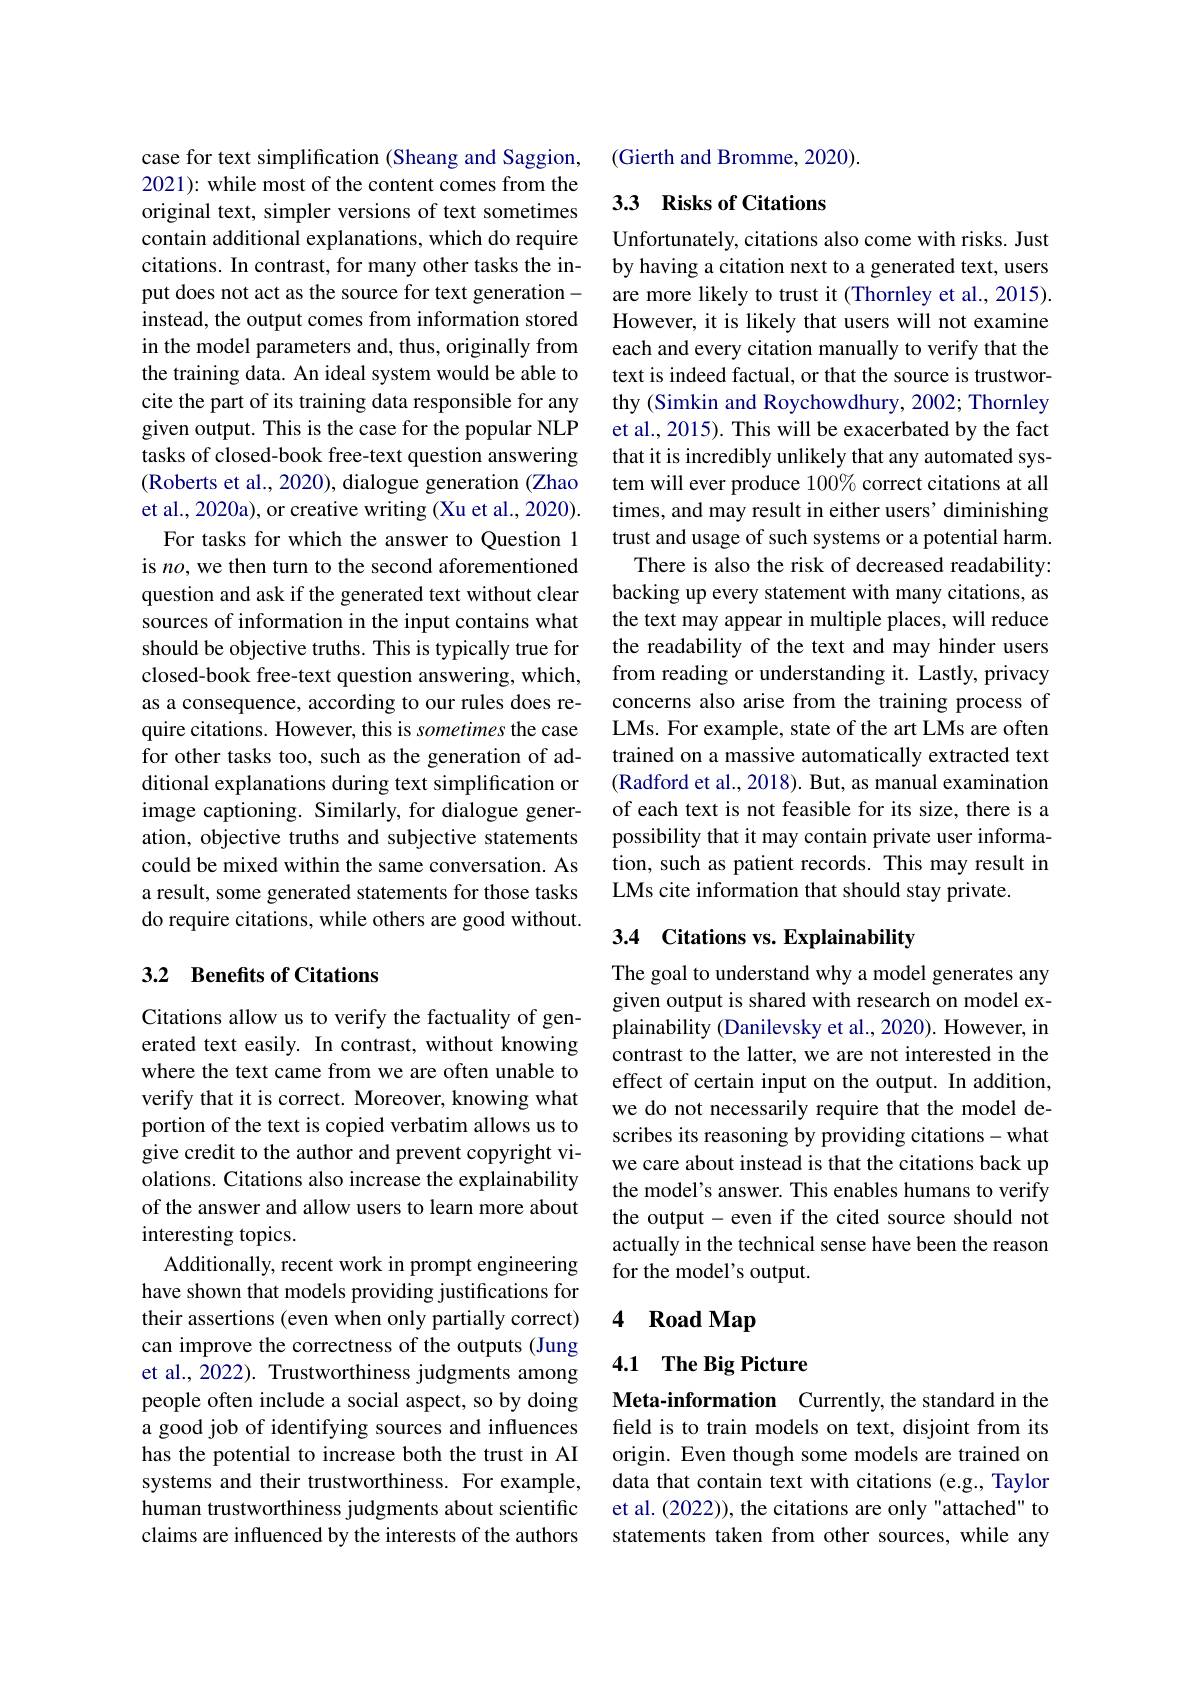
case for text simplification (Sheang and Saggion, 2021): while most of the content comes from the original text, simpler versions of text sometimes contain additional explanations, which do require citations. In contrast, for many other tasks the input does not act as the source for text generationinstead, the output comes from information stored in the model parameters and, thus, originally from the training data. An ideal system would be able to cite the part of its training data responsible for any given output. This is the case for the popular NLP tasks of closed-book free-text question answering (Roberts et al., 2020), dialogue generation (Zhao et al., 2020a), or creative writing (Xu et al., 2020).
For tasks for which the answer to Question 1 is no, we then turn to the second aforementioned question and ask if the generated text without clear sources of information in the input contains what should be objective truths. This is typically true for closed-book free-text question answering, which, as a consequence, according to our rules does require citations. However, this is sometimes the case for other tasks too, such as the generation of additional explanations during text simplification or image captioning. Similarly, for dialogue generation, objective truths and subjective statements could be mixed within the same conversation. As a result, some generated statements for those tasks do require citations, while others are good without.

## 3.2 Benefits of Citations

Citations allow us to verify the factuality of generated text easily. In contrast, without knowing where the text came from we are often unable to verify that it is correct. Moreover, knowing what portion of the text is copied verbatim allows us to give credit to the author and prevent copyright violations. Citations also increase the explainability of the answer and allow users to learn more about interesting topics.
Additionally, recent work in prompt engineering have shown that models providing justifications for their assertions (even when only partially correct) can improve the correctness of the outputs (Jung et al., 2022). Trustworthiness judgments among people often include a social aspect, so by doing a good job of identifying sources and influences has the potential to increase both the trust in AI systems and their trustworthiness. For example, human trustworthiness judgments about scientific claims are influenced by the interests of the authors

(Gierth and Bromme, 2020).

## 3.3 Risks of Citations

Unfortunately, citations also come with risks. Just by having a citation next to a generated text, users are more likely to trust it (Thornley et al., 2015). However, it is likely that users will not examine each and every citation manually to verify that the text is indeed factual, or that the source is trustworthy (Simkin and Roychowdhury, 2002; Thornley et al., 2015). This will be exacerbated by the fact that it is incredibly unlikely that any automated system will ever produce 100% correct citations at all times, and may result in either users' diminishing trust and usage of such systems or a potential harm.
There is also the risk of decreased readability: backing up every statement with many citations, as the text may appear in multiple places, will reduce the readability of the text and may hinder users from reading or understanding it. Lastly, privacy concerns also arise from the training process of LMs. For example, state of the art LMs are often trained on a massive automatically extracted text (Radford et al., 2018). But, as manual examination of each text is not feasible for its size, there is a possibility that it may contain private user information, such as patient records. This may result in LMs cite information that should stay private.

## 3.4 Citations vs. Explainability

The goal to understand why a model generates any given output is shared with research on model explainability (Danilevsky et al., 2020). However, in contrast to the latter, we are not interested in the effect of certain input on the output. In addition, we do not necessarily require that the model describes its reasoning by providing citations-what we care about instead is that the citations back up the model's answer. This enables humans to verify the output- even if the cited source should not actually in the technical sense have been the reason for the model's output.

# 4 Road Map

## 4.1 The Big Picture

Meta-information Currently,the standard in the feld is to train models on text, disjoint from its origin. Even though some models are trained on data that contain text with citations (e.g., Taylor et al. (2022)), the citations are only "attached" to statements taken from other sources, while any